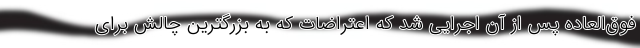
فوق‌العاده پس از آن اجرایی شد که اعتراضات که به بزرگترین چالش برای